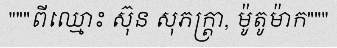
"""ពីឈ្មោះ ស៊ុន សុភក្ត្រា, ម៉ូតូម៉ាក"""